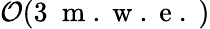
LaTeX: \mathcal{O}(3~\mathrm{~m~.~w~.~e~.~})